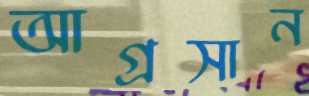
আগ্রসান